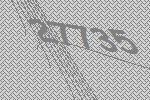
27735